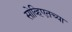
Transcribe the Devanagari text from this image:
सोव्हिएतच्या